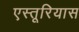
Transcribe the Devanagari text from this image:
एस्तूरियास